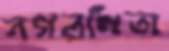
নগরপিতা